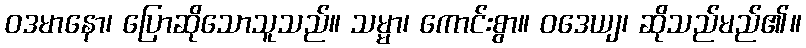
ဝဒမာနော၊ ပြောဆိုသောသူသည်။ သမ္မာ၊ ကောင်းစွာ။ ဝဒေယျ၊ ဆိုသည်မည်၏။